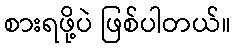
စားရဖို့ပဲ ဖြစ်ပါတယ်။